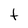
Character: t